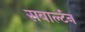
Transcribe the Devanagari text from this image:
सबार्ल्टन